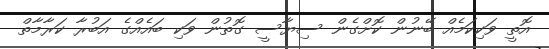
އޮތީ ވަކިކަމެއް ބޭނުން ކޮށްގެން ސިޔާސީ ގޮތުން ވަކި ބައެއްގެ އަބުރާ ކަރާމާތް